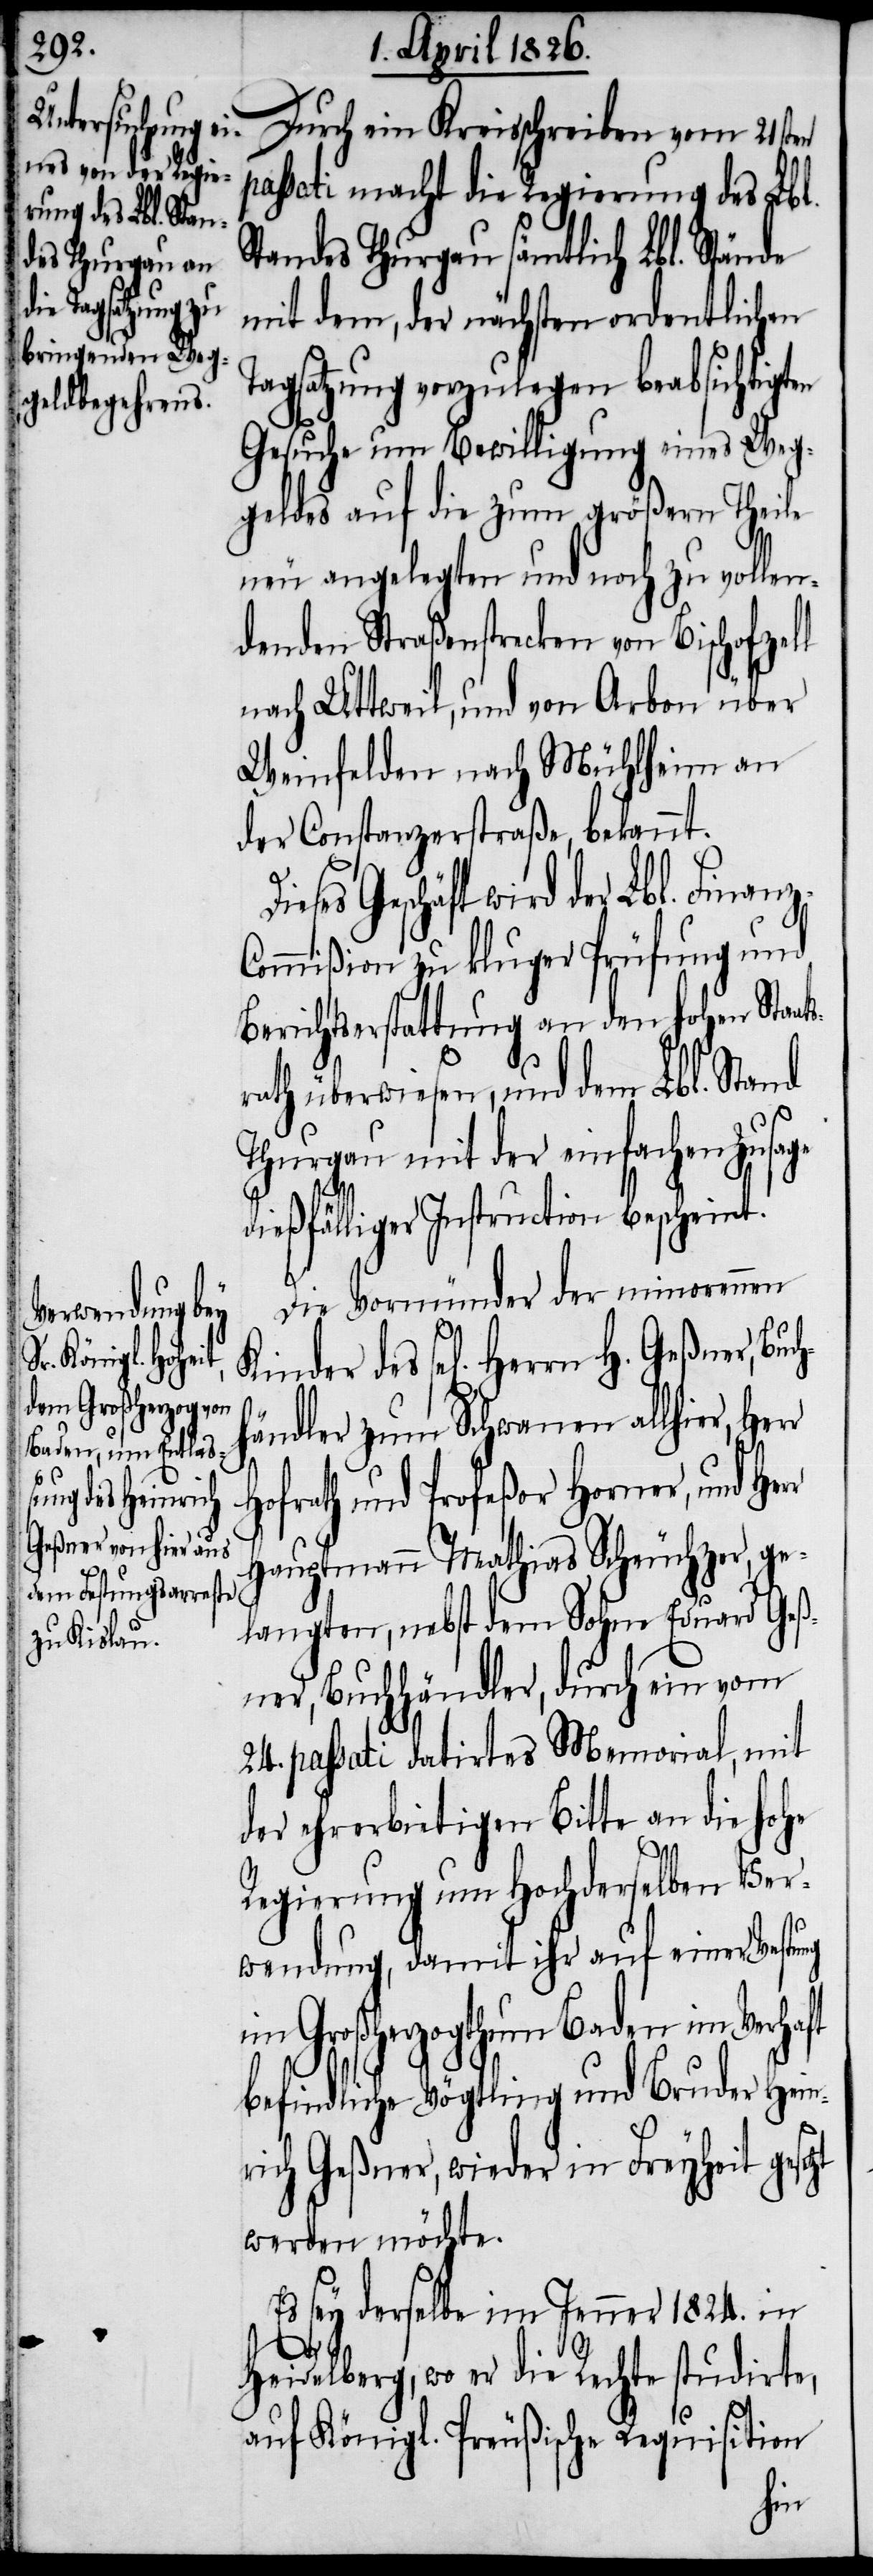
Durch ein Kreisschreiben vom 21sten
passati macht die Regierung des Lbl.
Standes Thurgau sämtlich Lbl. Stände
mit dem, der nächsten ordentlichen
Tagsatzung vorzulegen beabsichtigten
Gesuche um Bewilligung eines Weg¬
geldes auf die zum größern Theile
neu angelegten und noch zu vollen¬
denden Straßenstrecken von Bischofzel¬
nach Uttweil, und von Arbon über
Weinfelden nach Mühlheim an
der Constanzerstraße, bekannt.
Geschäft wird der Lbl. Finan¬
ommißion zu kluger Prüfung und
Berichtserstattung an den hohen Staat¬
rath überwiesen, und dem Lbl. Stand
Thurgau mit der einfachen Zusage
dießfälliger Instruction bescheint.
Die Vormünder der minorennen
Kinder des sel[igen] Herrn H.
ändler zum Schwanen allhier,
Hofrath und Profeßor Horner, und He¬
auptmann Mathias Scheuchzer, ge¬
langten, nebst dem Sohne Eduard Geß¬
ner, Buchhändler, durch ein vom
24. passati datirtes Memorial, mit
der ehrerbietigen Bitte an die hohe
l
Regierung um Hochderselben Ver¬
wendung, damit ihr auf einer Vestung
Großherzogthum Baden im
befindliche Vögtling und Bruder Hein¬
rich Geßner, wieder in Freyheit geset¬
werden möchte.
Es sey derselbe im Jenner 1824. in
zt
Heidelberg, wo er die Rechte studirte,
auf Königl. Preußische Requisition